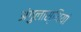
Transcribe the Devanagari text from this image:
अंगुलास्थियां